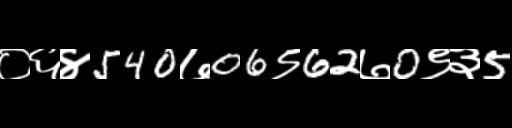
Text: ०६४540७06९62७0९३5